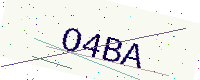
Text: O4BA